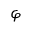
\varphi